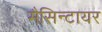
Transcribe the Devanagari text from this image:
मैसिन्टायर